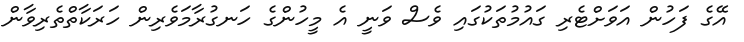
އޭގެ ފަހުން އަވަށްޓެރި ގައުމުތަކުގައި ވެސް ވަނީ އެ މީހުންގެ ހަނގުރާމަވެރިން ހަރަކާތްތެރިވާން